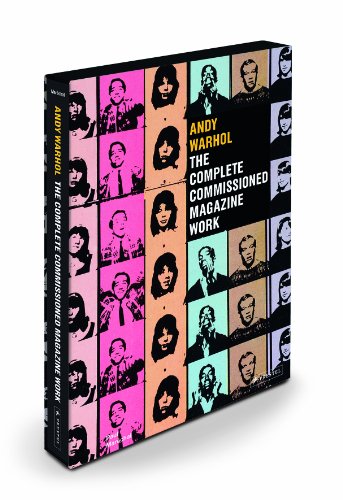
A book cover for Andy Warhol: The Complete Commissioned Magazine Work; Paul Marechal; Arts & Photography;